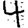
Digit: 4